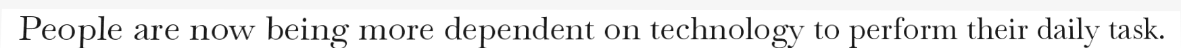
People are now being more dependent on technology to perform their daily task.